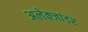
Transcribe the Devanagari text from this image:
अलेक्जांडर